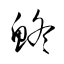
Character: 鮗